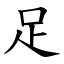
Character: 足